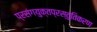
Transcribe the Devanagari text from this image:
प्रसंगयुक्तप्रस्तुतिकरण